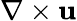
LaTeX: \nabla\times\mathbf{u}